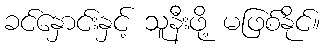
ခင်နှောင်းနှင့် သူနီးဖို့ မဖြစ်နိုင်။